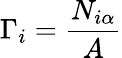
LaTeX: \Gamma_{i}={\frac{N_{i\alpha}}{A}}